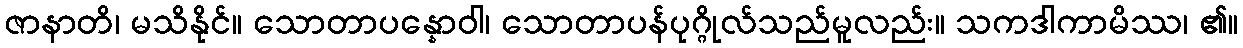
ဇာနာတိ၊ မသိနိုင်။ သောတာပန္နောဝါ၊ သောတာပန်ပုဂ္ဂိုလ်သည်မူလည်း။ သကဒါကာမိဿ၊ ၏။